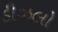
ડીઝલો